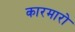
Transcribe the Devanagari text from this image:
कारमारो